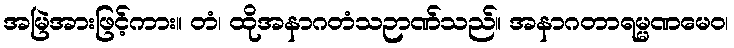
အမြဲအားဖြင့်ကား။ တံ၊ ထိုအနာဂတံသဉာဏ်သည်။ အနာဂတာရမ္မဏမေဝ၊